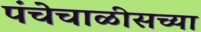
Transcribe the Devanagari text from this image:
पंचेचाळीसच्या